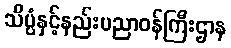
သိပ္ပံနှင့်နည်းပညာဝန်ကြီးဌာန